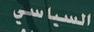
السيا